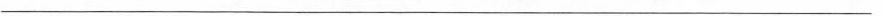
___